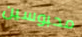
محبوسين